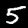
Label: 5